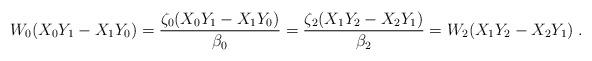
LaTeX: \begin{align*} W_0 (X_0 Y_1 - X_1 Y_0) =\frac{\zeta_0 (X_0 Y_1 - X_1 Y_0)}{\beta_0} = \frac{\zeta_2 (X_1 Y_2 - X_2 Y_1)}{\beta_2} = W_2 (X_1 Y_2 - X_2 Y_1) \;.\end{align*}